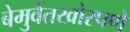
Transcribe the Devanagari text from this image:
बेमुर्वतखोरपणे